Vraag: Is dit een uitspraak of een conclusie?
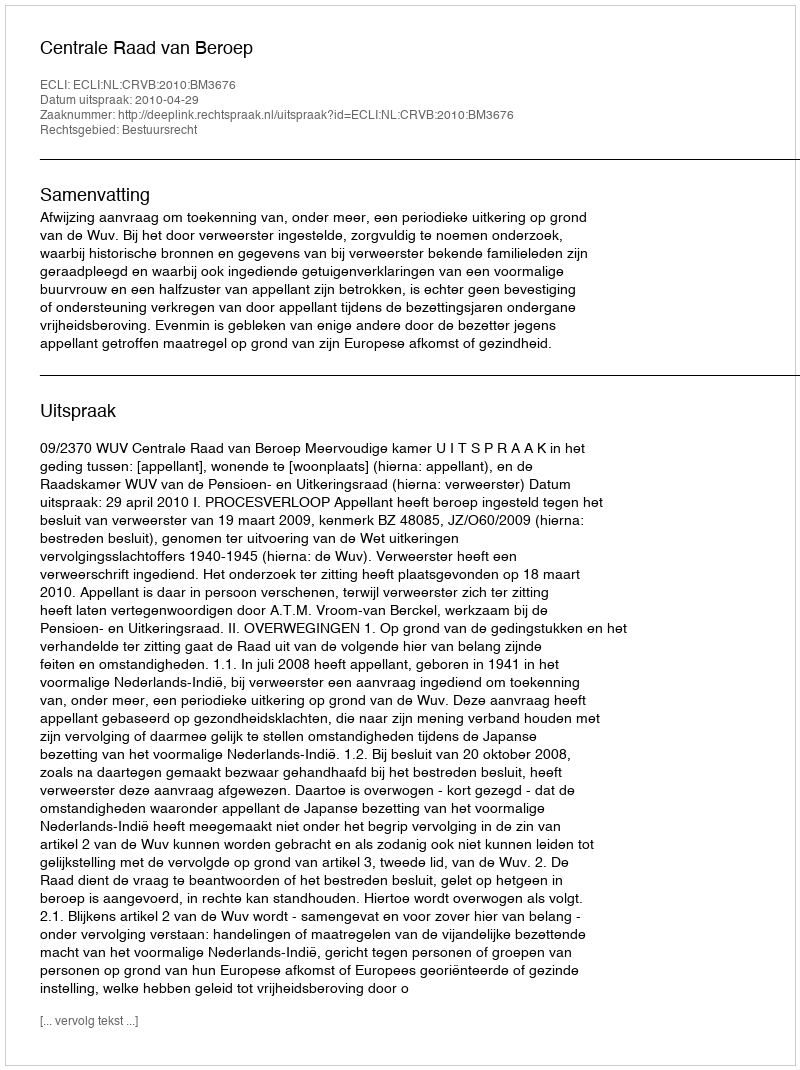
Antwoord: Uitspraak